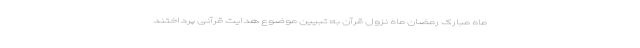
ماه مبارک رمضان ماه نزول قرآن به تبیین موضوع هدایت قرآنی پرداختند